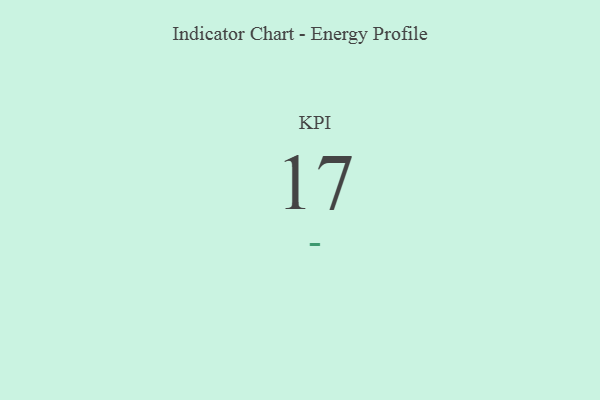
{"axis": {"x": "KPI", "y": "Value"}, "legend": [""], "data": [{"x": "KPI", "y": 17, "type": ""}]}